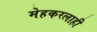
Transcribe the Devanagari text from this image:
मेहकरलाही